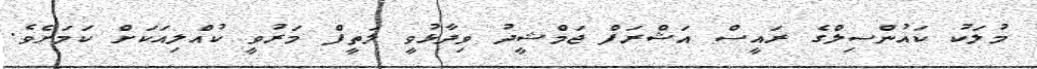
މުލަކު ކައުންސިލްގެ ރައީސް އަޝްރަފް ޖަމްޝީދު ވިދާޅުވީ ލަތީފް މަރުވީ ކުއްލިއަކަށް ކަމަށެވެ.